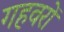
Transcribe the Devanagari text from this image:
गहवरों